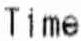
TIME